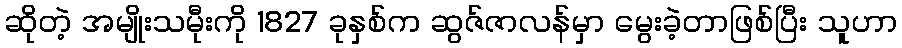
ဆိုတဲ့ အမျိုးသမီုးကို 1827 ခုနှစ်က ဆွဇ်ဇာလန်မှာ မွေးခဲ့တာဖြစ်ပြီး သူဟာ